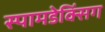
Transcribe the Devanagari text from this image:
स्पामडेक्सिंग